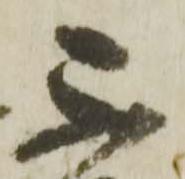
不